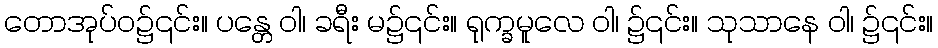
တောအုပ်ဝ၌၎င်း။ ပန္တေ ဝါ၊ ခရီး မ၌၎င်း။ ရုက္ခမူလေ ဝါ၊ ၌၎င်း။ သုသာနေ ဝါ၊ ၌၎င်း။